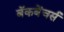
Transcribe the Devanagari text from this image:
बॅकबेंचर्स